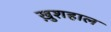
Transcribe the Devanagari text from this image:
खु़शहाल